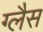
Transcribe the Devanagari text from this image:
ग्लैस